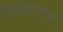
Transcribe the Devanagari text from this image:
विद्रोहाच्या